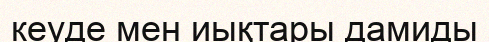
кеуде мен иықтары дамиды